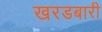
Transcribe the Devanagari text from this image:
खरडबारी